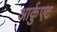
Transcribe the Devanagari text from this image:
आर्क़ुएट